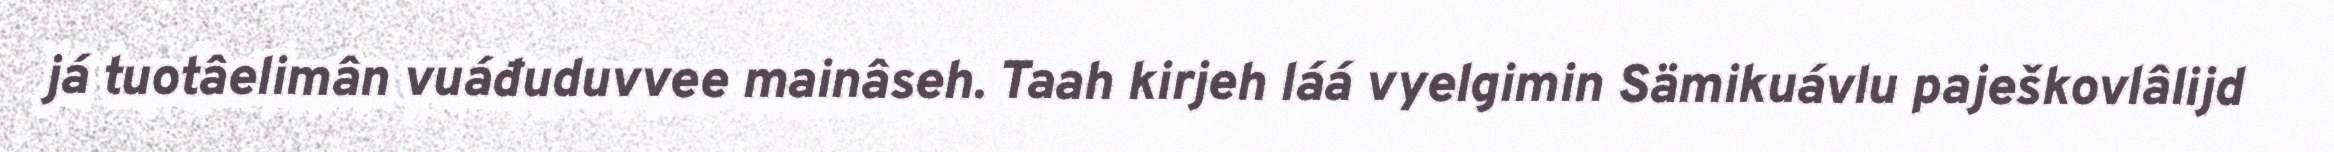
já tuotâelimân vuáđuduvvee mainâseh. Taah kirjeh láá vyelgimin Sämikuávlu paješkovlâlijd